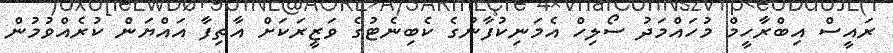
ރައީސް އިބްރާހީމް މުހައްމަދު ސޯލިހް އެމަނިކުފާނުގެ ކެބިނެޓުގެ ވަޒީރަކަށް އާތިފާ އައްޔަން ކުރެއްވުމުން